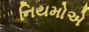
નિયમોએ